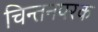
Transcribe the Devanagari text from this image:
चिन्तनपरक